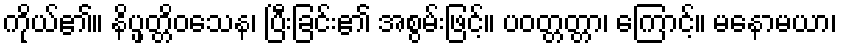
ကိုယ်၏။ နိပ္ဖတ္တိဝသေန၊ ပြီးခြင်း၏ အစွမ်းဖြင့်။ ပဝတ္တတ္တာ၊ ကြောင့်။ မနောမယာ၊